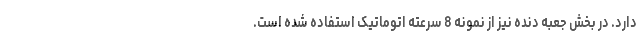
دارد. در بخش جعبه دنده نیز از نمونه 8 سرعته اتوماتیک استفاده شده است.